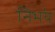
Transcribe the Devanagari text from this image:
निभ॔य